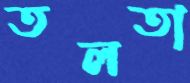
তলতা